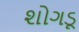
શોગડૂ